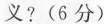
义?(6分)